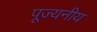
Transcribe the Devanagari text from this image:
पूज्‍यनीय